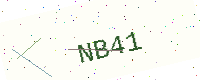
Text: NB41